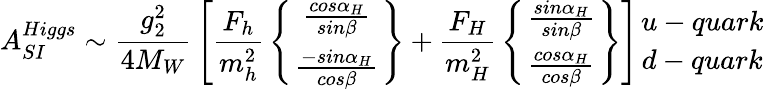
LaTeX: A_{SI}^{Higgs}\sim{\frac{g_{2}^{2}}{4M_{W}}}\left[{\frac{F_{h}}{m_{h}^{2}}}\left\{ {{\frac{cos\alpha_{H}}{sin\beta}}\atop{\frac{-sin\alpha_{H}}{cos\beta}}}\right\} +{\frac{F_{H}}{m_{H}^{2}}}\left\{ {{\frac{sin\alpha_{H}}{sin\beta}}\atop{\frac{cos\alpha_{H}}{cos\beta}}}\right\} \right]{u-quark\atop d-quark}